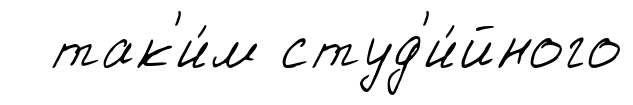
так'и́м студ'и́йного